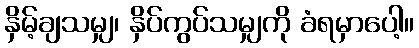
နှိမ့်ချသမျှ၊ နှိပ်ကွပ်သမျှကို ခံရမှာပေါ့။